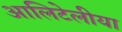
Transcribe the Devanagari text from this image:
आलिटेलीया